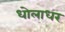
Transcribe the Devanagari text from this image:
धोलाधर